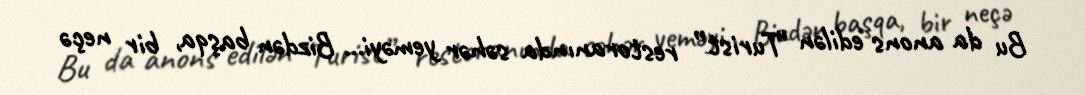
Bu da anons edilən “Turist” restoranında səhər yeməyi... Bizdən başqa, bir neçə